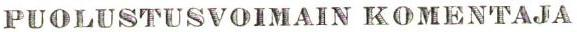
PUOLUSTUSVOIMAIN KOMENTAJA